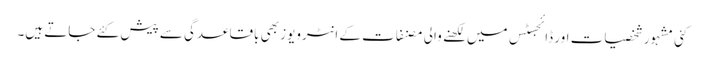
کئی مشہور شخصیات اور ڈائجسٹس میں لکھنے والی مصنفات کے انٹرویوز بھی باقاعدگی سے پیش کئے جاتے ہیں۔